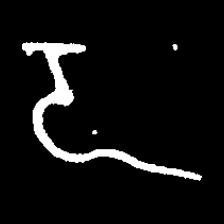
Pyu character \u2014 Myanmar letter: ဍ (romanized: dda)